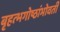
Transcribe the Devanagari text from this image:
बृहत्भगोष्ठांभोवती